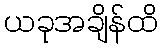
ယခုအချိန်ထိ